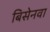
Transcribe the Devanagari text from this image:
बिसेनवा